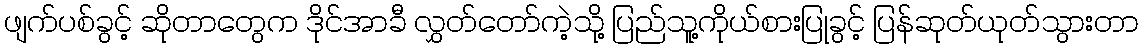
ဖျက်ပစ်ခွင့် ဆိုတာတွေက ဒိုင်အာခီ လွှတ်တော်ကဲ့သို့ ပြည်သူ့ကိုယ်စားပြုခွင့် ပြန်ဆုတ်ယုတ်သွားတာ